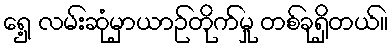
ရှေ့ လမ်းဆုံမှာယာဉ်တိုက်မှု တစ်ခုရှိတယ်။